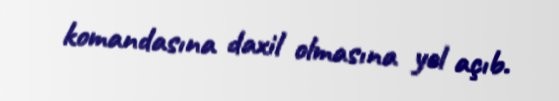
komandasına daxil olmasına yol açıb.